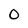
Character: O